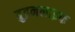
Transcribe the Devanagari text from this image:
ब्रुइनलाइफ